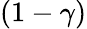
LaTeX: (1-\gamma)